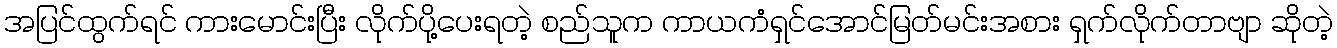
အပြင်ထွက်ရင် ကားမောင်းပြီး လိုက်ပို့ပေးရတဲ့ စည်သူက ကာယကံရှင်အောင်မြတ်မင်းအစား ရှက်လိုက်တာဗျာ ဆိုတဲ့